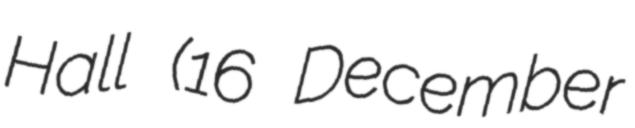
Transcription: Hall (16 December